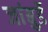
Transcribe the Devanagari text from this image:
जांबुर्डे